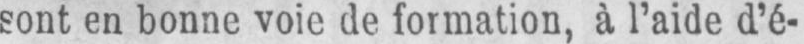
sont en bonne voie de formation, à l’aide d’é-